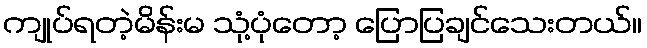
ကျုပ်ရတဲ့မိန်းမ သုံ့ပုံတော့ ပြောပြချင်သေးတယ်။